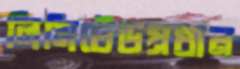
লিমিটেডপ্রধান